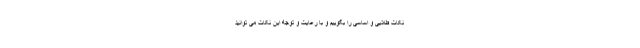
نکات طلایی و اساسی را بگوییم و با رعایت و توجه این نکات می توانید